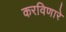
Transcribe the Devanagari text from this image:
करविणारे